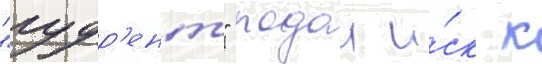
"гудр'ент" подал и́ск к